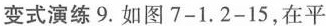
变式演练9.如图7-1.2-15，在平